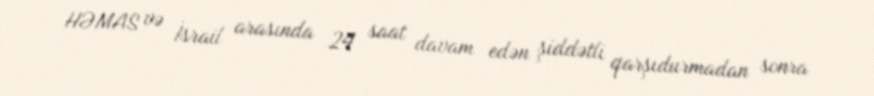
HƏMAS və İsrail arasında 24 saat davam edən şiddətli qarşıdurmadan sonra